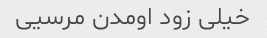
خیلی زود اومدن مرسیی